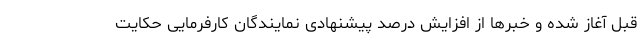
قبل آغاز شده و خبرها از افزایش درصد پیشنهادی نمایندگان کارفرمایی حکایت